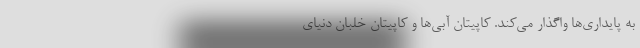
به پایداری‌ها واگذار می‌کند. کاپیتان آبی‌ها و کاپیتان خلبان دنیای